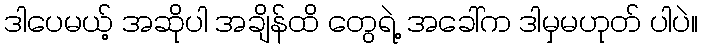
ဒါပေမယ့် အဆိုပါ အချိန်ထိ တွေရဲ့ အခေါ်က ဒါမှမဟုတ် ပါပဲ။